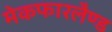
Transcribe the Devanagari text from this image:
मेकफारलैण्ड